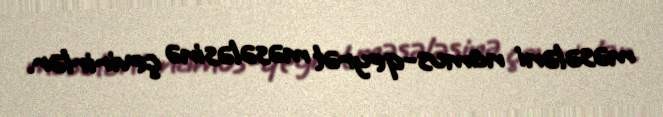
məsələni namus-qeyrət məsələsinə çevirirlər.